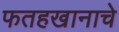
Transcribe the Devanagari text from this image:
फतहखानाचे